system: You are a helpful assistant.
user:
Analyze the provided spectrum to determine if it is a **Carbon Star (C-type)**.

- **Key Visual Indicators of Carbon Star:**
    - **(Primary):** Strong molecular absorption from **C₂ (diatomic carbon) "Swan Bands."** This is the **defining feature** of a carbon star.
        - **(Key Bandheads):** Sharp absorption edges are visible at approximately $5635$ Å, $5165$ Å (the strongest band), and $4737$ Å.
        - **(Line Profile):** Creates a distinct **"saw-tooth"** pattern. The key morphology is a sharp, steep bandhead on the **red (long-wavelength) side**, which then gradually tapers off (i.e., flux recovers) towards the **blue (short-wavelength) side**. *(This is the direct opposite of the TiO bands seen in M-type stars)*.

    - **(Secondary):** Intense **CN (cyanogen)** molecular absorption bands.
        - **(Key Bandheads):** Located in the blue and violet regions of the spectrum (e.g., near $4215$ Å and $3883$ Å).
        - **(Morphology):** These bands are extremely broad and act as a "blanket," absorbing the vast majority of blue and violet light. This creates a characteristic **"cliff"** or **"steep drop-off"** in the spectrum's flux at short wavelengths.

    - **(Key Confirmation):** Strong **CH absorption band (G-band)**.
        - **(Key Bandhead):** Located around $4300$ Å. The contribution from CH molecules to this band is exceptionally strong.

    - **(Overall Spectrum):**
        - The continuum is severely "chopped up" by these deep molecular bands, especially C₂, rather than appearing as a smooth curve.
        - Due to the heavy CN and C₂ absorption in the blue-green, the vast majority of the star's flux is concentrated in the red part of the spectrum, giving the star its characteristic deep red color.

Think first, call **spectral_visualization_tool** if needed to examine features in detail, then provide your final answer. Your response must adhere to the following strict rules:
1.  **Overall Structure:** Your response must follow the format `<think>...</think> <tool_call>...</tool_call> (if a tool is used) <answer>...</answer>`.
2.  **Tool Usage Constraint:** You may only make **one** tool call per turn.
3.  **Final Answer Format:** In the `<answer>` tag, your conclusion must be inside a `\boxed{}` command (e.g., `\boxed{YES}`), followed by your justification.

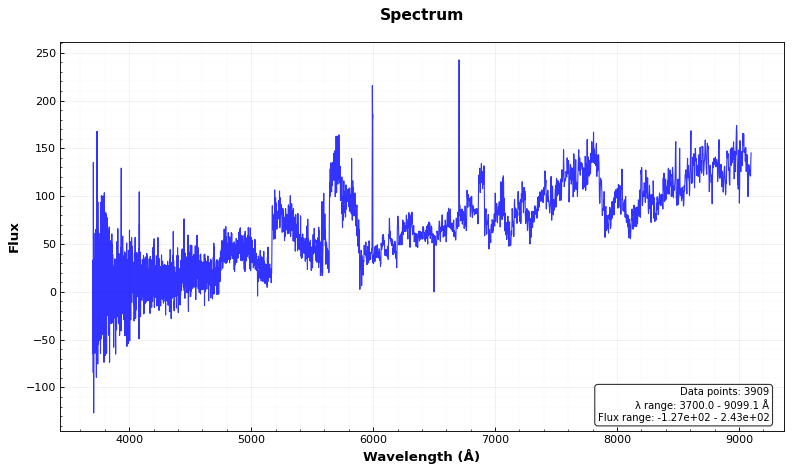
Answer: YES